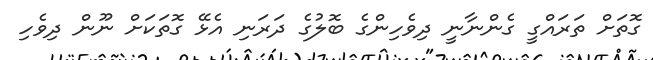
ގޮތަށް ތަރައްގީ ގެންނާނީ ދިވެހިންގެ ބޮލުގެ ދަރަނި އެޅޭ ގޮތަކަށް ނޫން ދިވެހި